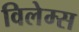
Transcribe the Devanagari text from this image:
विलेम्स